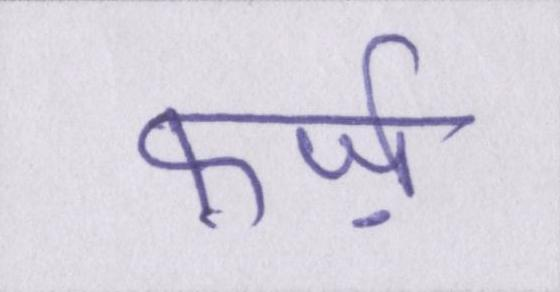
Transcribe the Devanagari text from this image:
फ़र्ज़